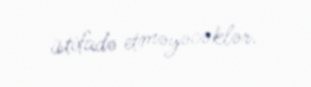
istifadə etməyəcəklər.